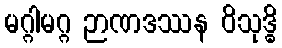
မဂ္ဂါမဂ္ဂ ဉာဏဒဿန ဝိသုဒ္ဓိ